Report on the administration of the Government Cinchona Department 1892-98
Year: 1892
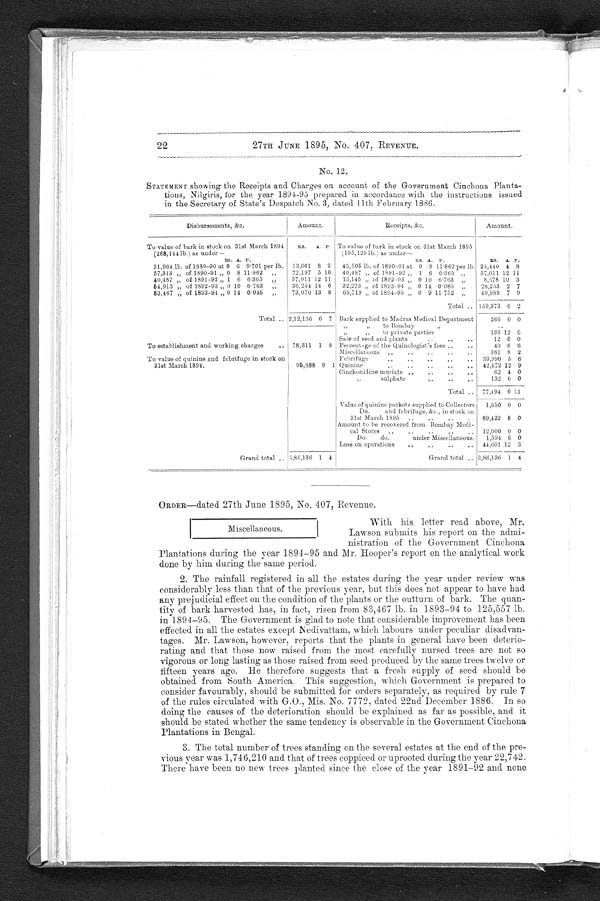
27TH JUNE 1895, No. 407, REVENUE.
No. 12.
STATEMENT showing the Receipts and Charges on account of the Government Cinchona Planta
- t i o n s , N i l g i r i s , f o r t h e y e a r 1 8 9 4 - 9 5 p r e p a r e d i n a c c o r d a n c e w i t h t h e i n s t r u c t i o n s i s s u e d
in the Secretary of State's Despatch No. 3, dated 11th February 1886.
Disbursements, &c.
Amount.
Receipts, &c.
Amount.
To value of bark in stock on 31st March 1894
(268,144 lb.) as under–
RS. A. P. To value of bark in stock on 31st March 1895
(195,129 lb.) as under-
RS. A. P.
RS. A. P .
RS. A.
P .
31,964 lb. of 1889-90 at 0 6 9 701 per lb. 13,601 8 2 43,505 lb. of 1890-91 at 0 8 11 .862 per lb. 24,440 4 8
57,313
„
of 1890-91 „ 0 8 11 . 862 „
32,197 5 10 40,487 „ of 1891-92 „ 1 6 6.365
„
57,011 12 1 1
40,487
„
of 1891–92 „ 1 6
6 3 6 5
"
57, 011 1211
1 3 , 1 4 5
„ o f 1 8 9 2 - 9 3 „ 0 1 0 i
6
.
7 6 3„
8 , 6 7 8 1 0
3
54,913 „ of 1892-93 „ 0 10 6 . 763 „
36,254 14 0 32,273 „ of 1893-94 „ 0 1 4 0 . 085 „
28,253 2 7
83,467 „ of 1893-94 „ 0 14 0 . 085 „
73,070 13 8 65,719 „ of 1894-95 „ 0 9 11 752 „
40,989 7 9
Total
159,373 6 2
Total. 2,12,136 6 7 Bark supplied to Madras Medical Department
266 0 0
„ „ to Bombay
„ „ to private parties"
136 12 0
Sale of seed and plants
12 0 0
To establishment and working charges
78,311 1 8 Percentage of the Quinologist's fees
40 6 6
Miscellaneous
381 8 2
'
Febrifuge
33,990 5 6
T o v a l u e o f q u i n i n e a n d f e b r i f u g e i n s t o c k o n 3 1 s t M a r c h 1 8 9 4 .
I 95,688 9 1 Quinine
42,472 12 9
Cinchonidine muriate
62 4 0
„ sulphate
132 0 0
Total. 77,494 0 11
Value of quinine packets supplied to Collectors 1,650 0 0
Do. and febrifuge, &c., in stock on
31st March 1895
89,422 8 0
Amount to be recovered from Bombay Medi -
cal Stores
12,000 0 0
Do. do. under Miscellaneous. 1,594 6 0
Loss on operations
44,601 12 3
Grand total 3,86,136 1 4
Grand total 3,86,136 1 4
ORDER-dated 27th June 1895, No. 407, Revenue.
With his letter read above, Mr.
Lawson submits his report on the admi-
nistration of the Government Cinchona
Plantations during the year 1894-95 and Mr. Hooper's report on the analytical work
done by him during the same period.
2. The rainfall registered in all the estates during the year under review was
considerably less than that of the previous year, but this does not appear to have had
any prejudicial effect on the condition of the plants or the outturn of bark. The quan
- t i t y o f b a r k h a r v e s t e d h a s , i n f a c t , r i s e n f r o m 8 3 , 4 6 7 l b . i n 1 8 9 3 - 9 4 t o 1 2 5 , 5 5 7 l b .
in 1894-95. The Government is glad to note that considerable improvement has been
effected in all the estates except Nedivattam, which labours under peculiar disadvan
-tages. Mr. Lawson, however, reports that the plants in general have been deterio
- r a t i n g a n d t h a t t h o s e n o w r a i s e d f r o m t h e m o s t c a r e f u l l y n u r s e d t r e e s a r e n o t s o
vigorous or long lasting as those raised from seed produced by the same trees twelve or
fifteen years ago. He therefore suggests that a fresh supply of seed should be
obtained from South America. This suggestion, which Government is prepared to
consider favourably, should be submitted for orders separately, as required by rule 7
of the rules circulated with G.O., Mis. No. 7772, dated 22nd December 1886. In so
doing the causes of the deterioration should be explained as far as possible, and it
should be stated whether the same tendency is observable in the Government Cinchona
Plantations in Bengal.
3. The total number of trees standing on the several estates at the end of the pre
- v i o u s y e a r w a s 1 , 7 4 6 , 2 1 0 a n d t h a t o f t r e e s c o p p i c e d o r u p r o o t e d d u r i n g t h e y e a r 2 2 , 7 4 2 .
There have been no new trees planted since the close of the year 1891-92 and none
22
Miscellaneous.